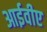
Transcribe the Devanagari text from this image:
आईवीए